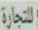
للتجارة